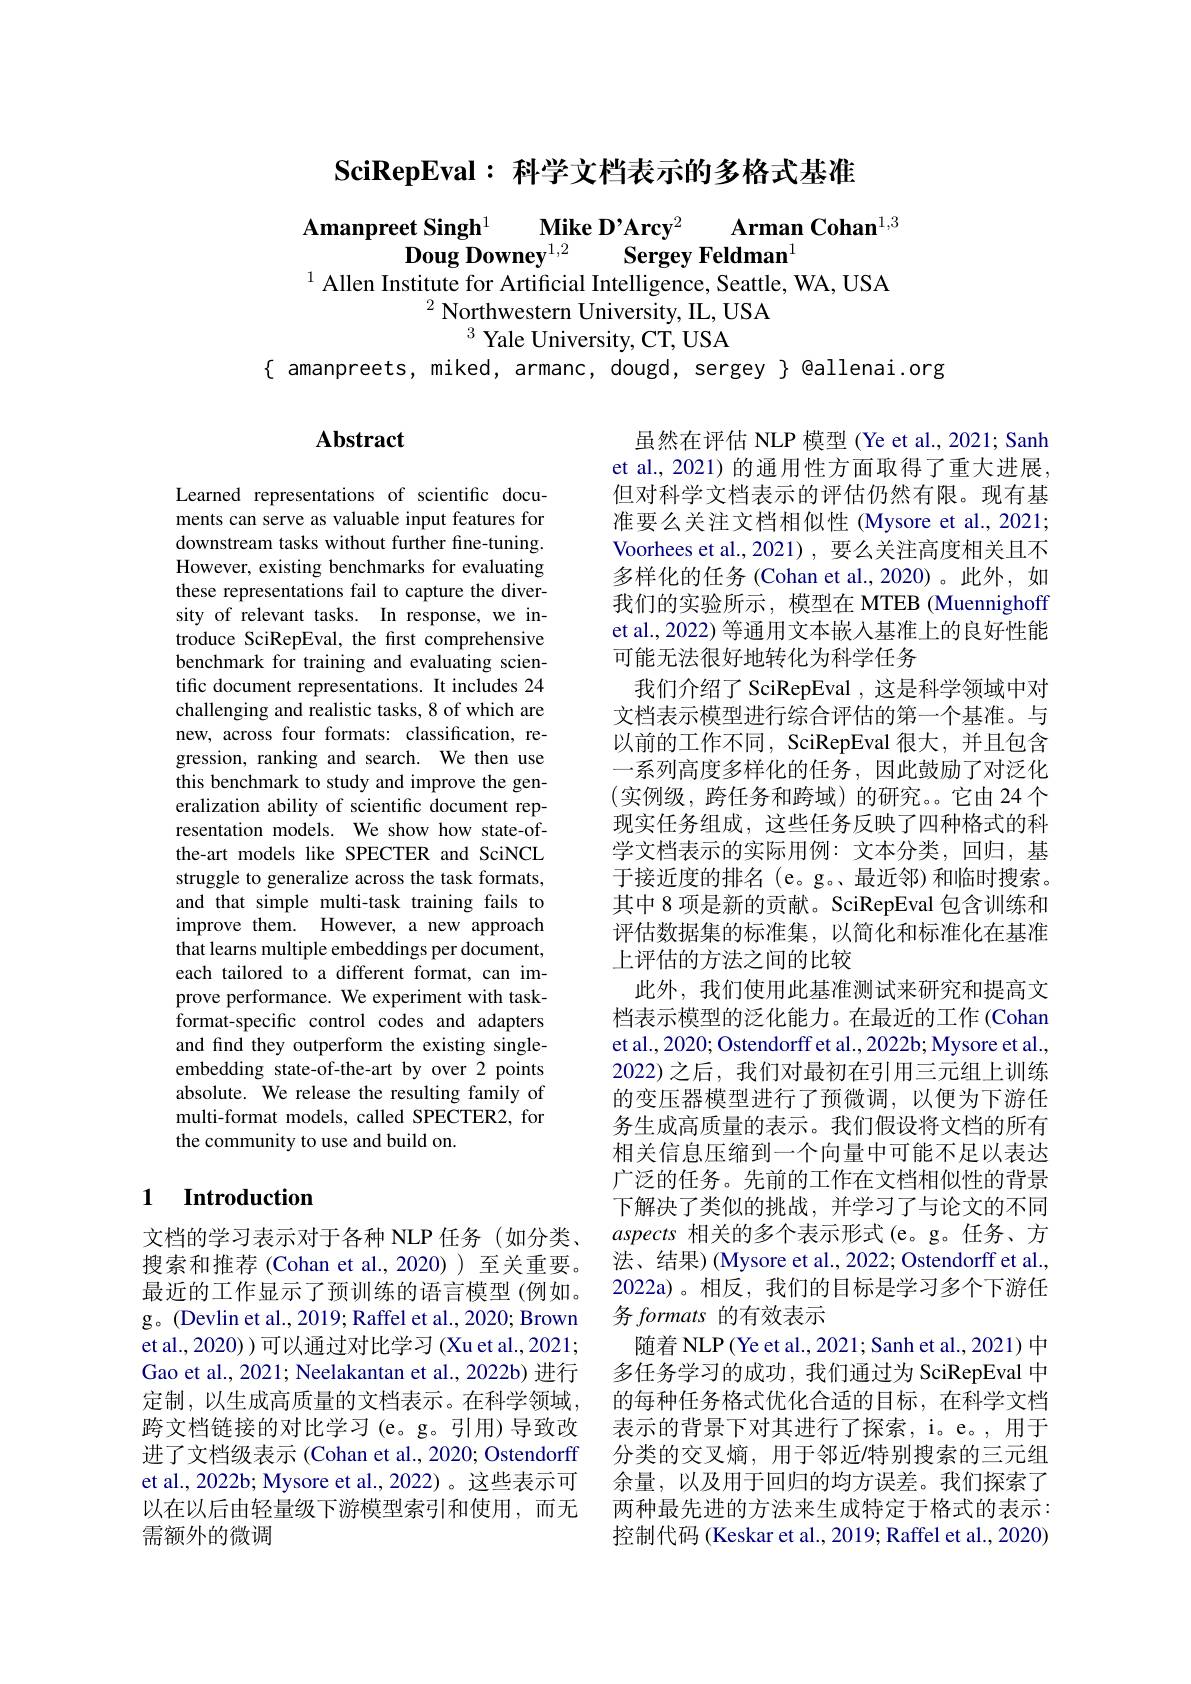
$\textbf{SciRepEval: 科 学 文 档 表 示 的 多 格 式 基 准 }$

$\mathbf{Amanpreet~Singh}^{1}$ $\mathbf{Mike~D^{\prime }Arcy}^{2}$ $\mathbf{Arman~Cohan}^{1, 3}$
$\mathbf{DougDowney}^{1, 2}$ Sergey Feldman$^1$
$^{1}$ Allen Institute for Artificial Intelligence, Seattle, WA, USA
$^2$ Northwestern University, IL, USA
$^{3}$ Yale University, CT, USA
$\{$ amanpreets, miked, armanc, dougd, sergey } @allenai.org

## Abstract

Learned representations of scientific documents can serve as valuable input features for downstream tasks without further fine-tuning. However, existing benchmarks for evaluating these representations fail to capture the diversity of relevant tasks. In response, we introduce SciRepEval, the first comprehensive benchmark for training and evaluating scientific document representations. It includes 24 challenging and realistic tasks, 8 of which are new, across four formats: classification, regression, ranking and search. We then use this benchmark to study and improve the generalization ability of scientific document representation models. We show how state-ofthe-art models like SPECTER and SciNCL struggle to generalize across the task formats, and that simple multi-task training fails to improve them. However, a new approach that learns multiple embeddings per document, each tailored to a different format, can improve performance. We experiment with taskformat-specific control codes and adapters and find they outperform the existing singleembedding state-of-the-art by over 2 points absolute. We release the resulting family of multi-format models, called SPECTER2, for the community to use and build on.

### 1 $\textbf{Introduction}$

文档的学习表示对于各种 NLP 任务(如分类、 搜索和推荐(Cohan et al.,2020))至关重要。最近的工作显示了预训练的语言模型(例如。g。(Devlin et al., 2019; Raffel et al., 2020; Brown et al., 2020) ) 可以通过对比学习 (Xu et al., 2021; Gao et al., 2021; Neelakantan et al., 2022b) 进行定制，以生成高质量的文档表示。在科学领域， 跨文档链接的对比学习(e。g。引用)导致改进了文档级表示 (Cohan et al., 2020; Ostendorff et al., 2022b; Mysore et al., 2022)。这些表示可以在以后由轻量级下游模型索引和使用，而无需额外的微调

虽然在评估 NLP 模型 (Ye et al., 2021; Sanh et al., 2021) 的通用性方面取得了重大进展， 但对科学文档表示的评估仍然有限。现有基准要么关注文档相似性 (Mysore et al., 2021; Voorhees et al.,2021),要么关注高度相关且不多样化的任务 (Cohan et al.,2020)。此外，如我们的实验所示，模型在 MTEB (Muennighoff et al., 2022) 等通用文本嵌入基准上的良好性能可能无法很好地转化为科学任务
我们介绍了 SciRepEval , 这是科学领域中对文档表示模型进行综合评估的第一个基准。与以前的工作不同，SciRepEval 很大，并且包含一系列高度多样化的任务，因此鼓励了对泛化(实例级，跨任务和跨域)的研究。它由 24个现实任务组成，这些任务反映了四种格式的科学文档表示的实际用例：文本分类，回归，基于接近度的排名(e。g。最近邻)和临时搜索。其中 8 项是新的贡献。SciRepEval 包含训练和评估数据集的标准集，以简化和标准化在基准上评估的方法之间的比较
此外，我们使用此基准测试来研究和提高文档表示模型的泛化能力。在最近的工作 (Cohan et al., 2020; Ostendorff et al., 2022b; Mysore et al., 2022)之后，我们对最初在引用三元组上训练的变压器模型进行了预微调，以便为下游任务生成高质量的表示。我们假设将文档的所有相关信息压缩到一个向量中可能不足以表达广泛的任务。先前的工作在文档相似性的背景下解决了类似的挑战，并学习了与论文的不同aspects相关的多个表示形式(e。g。任务、方法、结果)(Mysore et al., 2022; Ostendorff et al., 2022a)。相反，我们的目标是学习多个下游任务 formats 的有效表示
随着 NLP ( Ye et al., 2021; Sanh et al., 2021) 中多任务学习的成功，我们通过为 SciRepEval 中的每种任务格式优化合适的目标，在科学文档表示的背景下对其进行了探索，i。e。,用于分类的交叉熵，用于邻近/特别搜索的三元组余量，以及用于回归的均方误差。我们探索了两种最先进的方法来生成特定于格式的表示： 控制代码 (Keskar et al., 2019; Raffel et al., 2020)